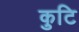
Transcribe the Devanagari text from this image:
कुटि